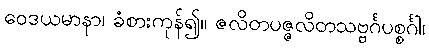
ဝေဒယမာနာ၊ ခံစားကုန်၍။ ဇလိတပဇ္ဇလိတသဗ္ဗင်္ဂပစ္စင်္ဂါ၊